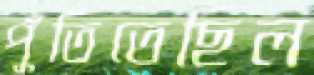
পুঁতিতেছিল